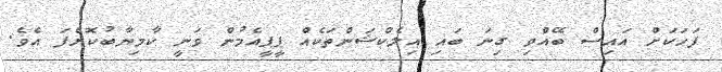
ފަހަކަށް އައިސް ބޭއްވި ގިނަ ބައި އިލެކްޝަންތަކެއް ޕީޕީއެމުން ވަނީ ކާމިޔާބުކޮށްފަ އެވެ.